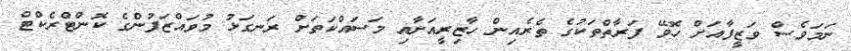
ނަމަވެސް ވަޒީފާއަށް ހޮވޭ ފަރާތްތަކުގެ ތެރެއިން ހާޒިރީއަށާއި މަސައްކަތަށް ރަނގަޅު މުވައްޒަފުންގެ ކޮންޓްރެކްޓް